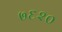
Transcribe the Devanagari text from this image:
७६२०